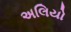
અલિયો